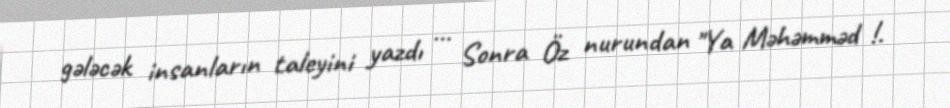
gələcək insanların taleyini yazdı … Sonra Öz nurundan "Ya Məhəmməd !.